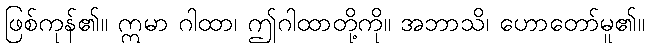
ဖြစ်ကုန်၏။ ဣမာ ဂါထာ၊ ဤဂါထာတို့ကို။ အဘာသိ၊ ဟောတော်မူ၏။